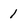
Character: 1